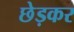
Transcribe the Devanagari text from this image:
छेड़कर